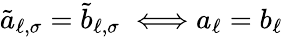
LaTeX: \tilde{a}_{\ell,\sigma}=\tilde{b}_{\ell,\sigma}\; \Longleftrightarrow{a}_{\ell}={b}_{\ell}